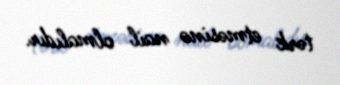
tərk etməsinə nail olmalıdır.